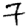
Digit: 7